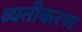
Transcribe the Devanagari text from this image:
व्यतीकरण